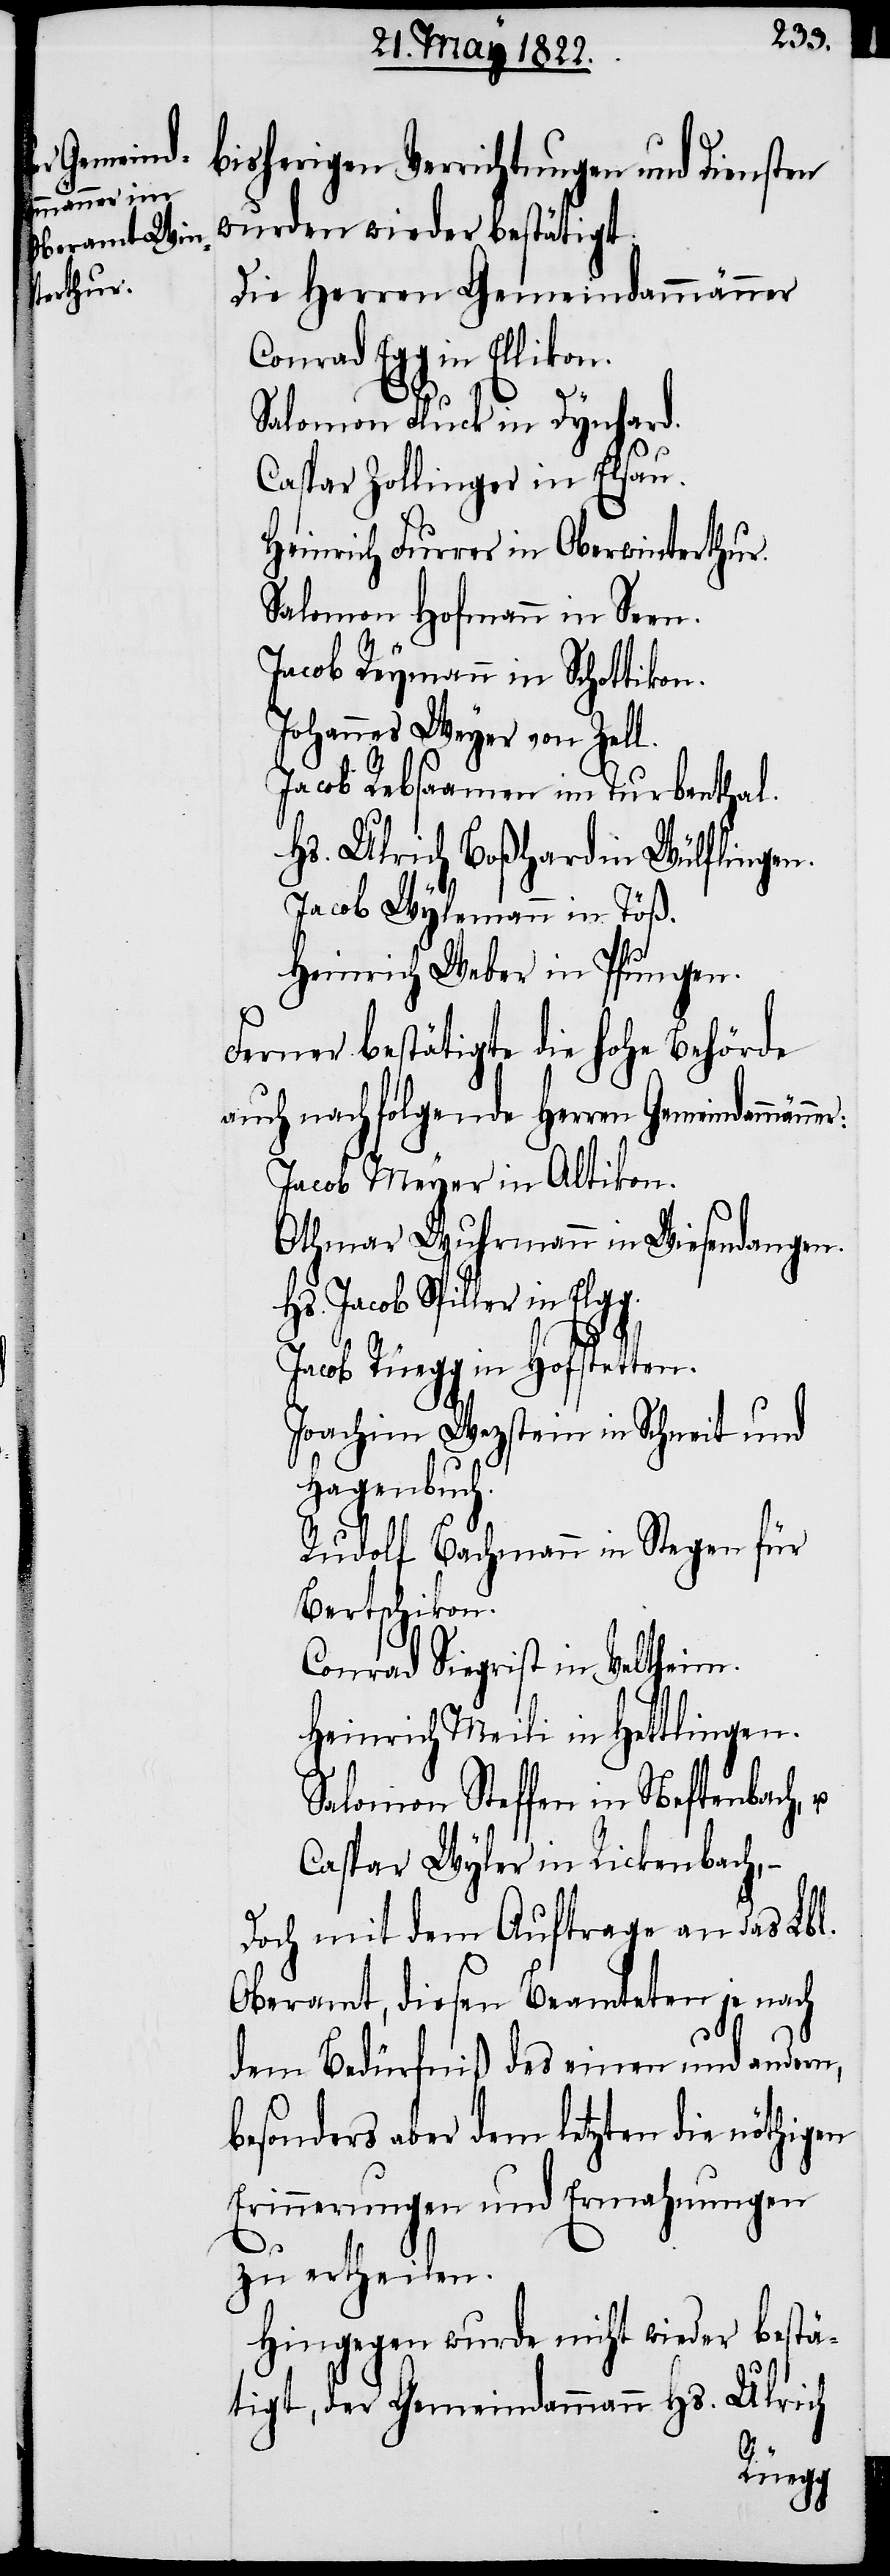
l.
bisherigen Verrichtungen und Diensten
wurden wieder bestätigt:
Die Herrn Gemeindammänner
Conrad Egg in Ellikon.
Salomon Fluck in Dynhard.
Caspar Zollinger in Elsau.
Heinrich Furrer in Oberwinterthur.
Salomon Hofmann in Seen.
Jacob Reymann in Schottikon.
Johannes Weyer von Zel¬
Jacob Rebsaamen im Turbenthal.
Hs. Ulrich Boßhard in Wülflingen.
Jacob Wylemann in Töß.
Heinrich Weber in Pfungen.
Ferner bestätigte die hohe Behörde
auch nachfolgende Herrn Gemeindammän¬
Jacob Meyer in Altikon.
Othmar Wuhrmann in Wiesendangen.
Hs. Jacob Spiller in Elgg.
Jacob Rüegg in Hofstetten.
Joachim Wezstein in Schneit und
Hagenbuch.
Rudolf Bachmann in Stegen für
Bertschikon.
Conrad Siegrist in Veltheim.
Heinrich Meili in Hettlingen.
Salomon Steffen in Neftenbach,
Caspar Wyler in Rickenbach, –
Doch mit dem Auftrage an das Lbl.
Oberamt, diesen Beamteten je nach
dem Bedürfniß des einen und andern,
besonders aber dem letzten die nöthigen
Erinnerungen und Ermahnungen
zu ertheilen.
Hingegen wurde nicht wieder bestä¬
tigt, der Gemeindammann Hs. Ulrich
ner: